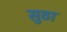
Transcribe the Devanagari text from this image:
सुठा